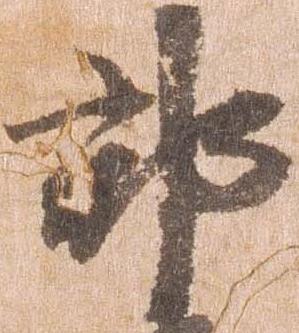
郡